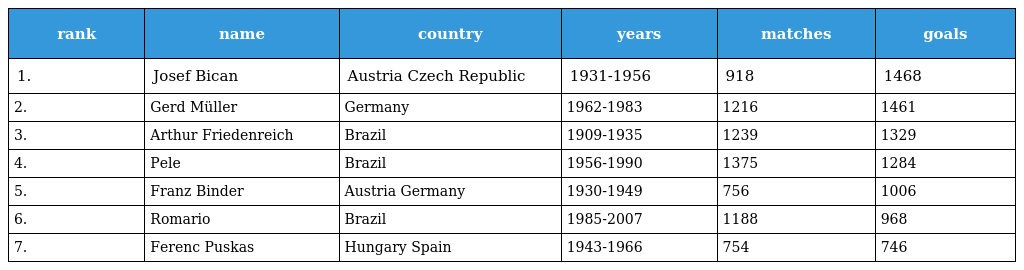
| rank | name | country | years | matches | goals |
 | --- | --- | --- | --- | --- | --- |
 | 1. | Josef Bican | Austria Czech Republic | 1931-1956 | 918 | 1468 |
 | 2. | Gerd Müller | Germany | 1962-1983 | 1216 | 1461 |
 | 3. | Arthur Friedenreich | Brazil | 1909-1935 | 1239 | 1329 |
 | 4. | Pele | Brazil | 1956-1990 | 1375 | 1284 |
 | 5. | Franz Binder | Austria Germany | 1930-1949 | 756 | 1006 |
 | 6. | Romario | Brazil | 1985-2007 | 1188 | 968 |
 | 7. | Ferenc Puskas | Hungary Spain | 1943-1966 | 754 | 746 |